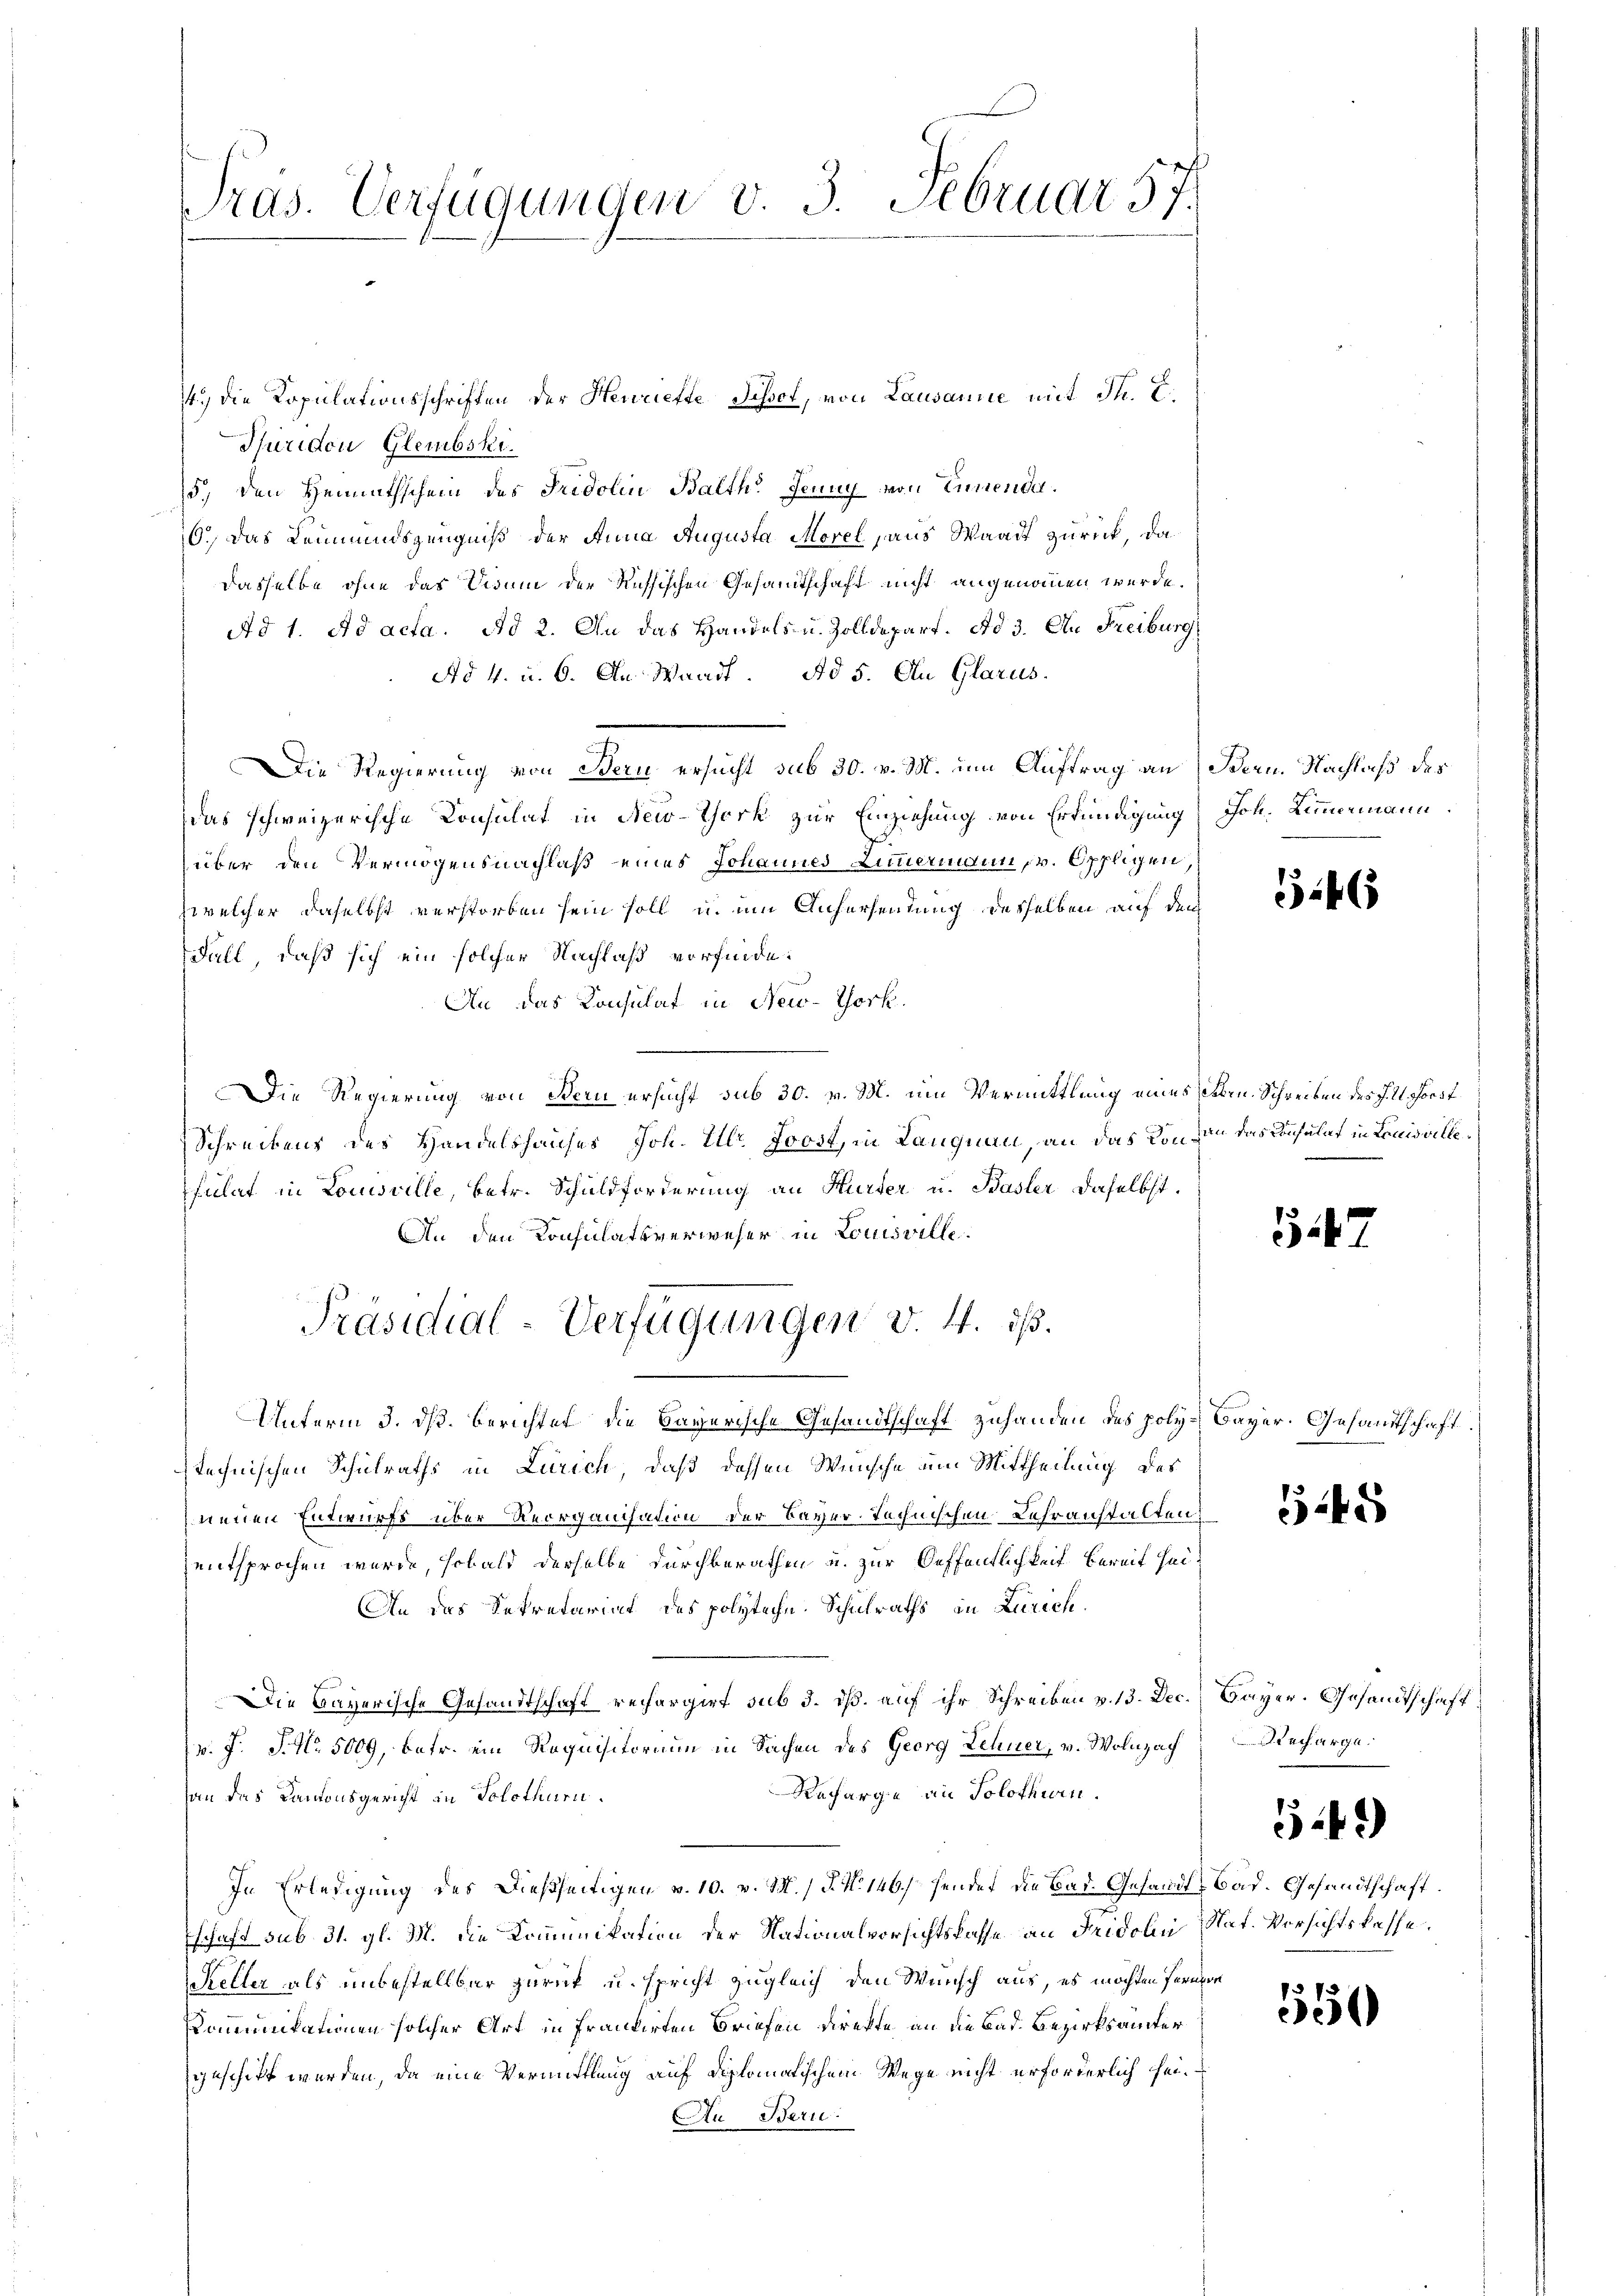
Präs. Verfügungen v. 3. Februar 57.

Puriden Glembski.
5.) Den Heimathschein des Judolin Balth. Jenny von Tunende.
0.) Das Leumundszeugniß der Anna Augusta Morel aus Waadt zurück, dadasselbe ohne das Visum der Russischen Gesandtschaft nicht angenommen wurde.
Ad 1. Ad acta. Ad 2. An das Handels- u. Zolldepart. Ad 3. An Freiburg
Ad 4. u. 6. An Wand. Ad 5. An Glarus.
Die Regierung von Bern ersucht sub 30. v. M. um Auftrag an Bern. Nachlaß des
das schweizerische Consulat in New-York zur Einziehung von Erfündigung Joh. Zimmermann
über den Vermögensnachlaß eines Johannes Zimmerinden v. Oppligen,
zwelcher daselbst verstorben sein soll, u. um Aufersendung desselben auf dem
Fall, daß sich ein solcher Nachlaß vorfinde.
An das Konsulat in New-York.
Die Regierung von Bern ersucht sub 30. v. M. um Vermittlung eines Leben. Schreiben des Ill. Forst¬
Schreibens des Handelshauses Joh. Ulr. Loost, in Langnau, an das Konsen das Konsulat in Louisvillefulat in Louisville, betr. Schuldforderung an Hurter u. Basler daselbst.
An den Konsulatsverweser in Louisville.
Präsidial-Verfügungen v. 4. ds.
Unterm 3. ds. berichtet, die Bayerische Gesandtschaft zuhanden des poly-Bayer. Gesandtschaft
technischen Schulraths in Zürich, daß dessen Wünsche um Mittheilung des
neuen Entwurfs über Reorganisation der Bayer technischen Lehranstalten
entsprochen wurde, sobald derselbe durchberathen u. zur Oeffentlichkeit bereit heit
An das Rekretariat des polyteche Schulraths in Zürich¬
Die Bayerische Gesandtschaft rechargirt sub 3. dß. auf ihr Schreiben v. 13. Dec. Bayer. Gesandtschaft
v. J. J. No. 5009, betr. ein Requisitorium in Sachen des Georg Lehner, v. Wolnzach
Recharge an Solothurn.
an das Kantonsgericht in Solothur
In Erledigung des Dießseitigen v. 10. v. M. / P. N. 146. Hendet die Bad. Gesandt Bad. Gesandtschaft.
schaft sub. 31. gl. M. die Kommunikation der Nationalvorsichtskasse an Fridolin Nat. Versichtskasse.
Steller als unbestellbar zurück u. spricht zugleich den Wunsch aus, es möchten ferner
Komunikationen solcher Art in frankirten Briefen Direkte an die Bad. Bezirksamter
geschickt werden, da eine Vermittlung auf diplomatischem Wege nicht erforderlich sei¬
Au Bern.

4.) Die Kopulationsschriften der Henriefte Sissot, von Lausanie mit Th. E.

6

512

545

Decharge.

542)

510